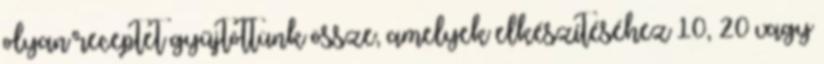
olyan receptet gyűjtöttünk össze, amelyek elkészítéséhez 10, 20 vagy